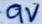
Text: 9V